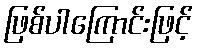
ဖြစ်ပါကြောင်းဖြင့်